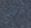
يفكر